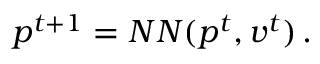
p ^ { t + 1 } = N N ( p ^ { t } , v ^ { t } ) \, .